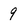
Character: 9